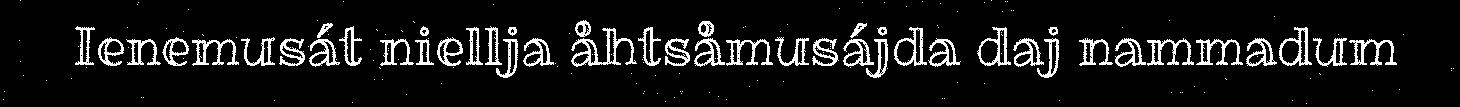
Ienemusát niellja åhtsåmusájda daj nammadum